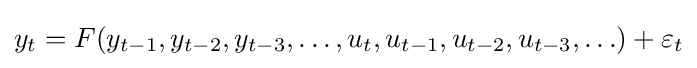
y_{t}=F(y_{t-1},y_{t-2},y_{t-3},\ldots ,u_{t},u_{t-1},u_{t-2},u_{t-3},\ldots )+\varepsilon _{t}